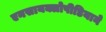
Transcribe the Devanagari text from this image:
एनसायक्लोपीडियाने